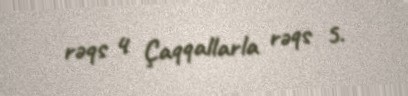
rəqs 4 Çaqqallarla rəqs 5.